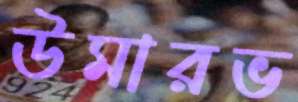
উমারভ